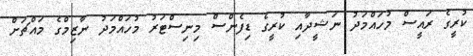
ކުރީގެ ރައީސް މުހައްމަދު ނަޝީދާއި ކުރީގެ ޑިފެންސް މިނިސްޓަރު މުހައްމަދު ނާޒިމްގެ މައްޗަށް